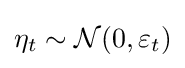
\eta _{t}\sim {\mathcal {N}}(0,\varepsilon _{t})